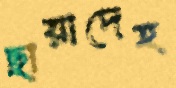
ছায়াদেহ